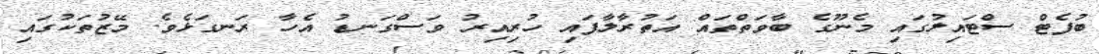
ބުފެޓް ސްޓައިލުގައި މެނޫގެ ބާވަތްތައް އަތުރާލާފައި ހުރިއިރު ވަސްގަނޑު އެހާ ރަނގަޅެވެ. މޭޒުތަކުގައި